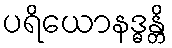
ပရိယောနဒ္ဓန္တိ